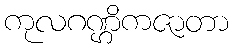
ကုလဂဏ္ဌိကဇာတာ